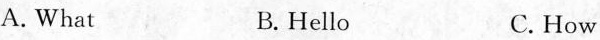
A.What B.Hello C. How